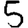
Digit: 5